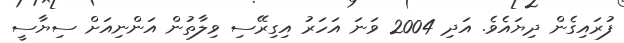
ފުރައިގެން ދިޔައެވެ. އަދި 2004 ވަނަ އަހަރު އިގިރޭސި ވިލާތުން އަންނިއަށް ސިޔާސީ